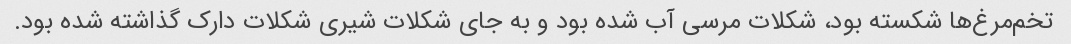
تخم‌مرغ‌ها شکسته بود، شکلات مرسی آب شده بود و به جای شکلات شیری شکلات دارک گذاشته شده بود.